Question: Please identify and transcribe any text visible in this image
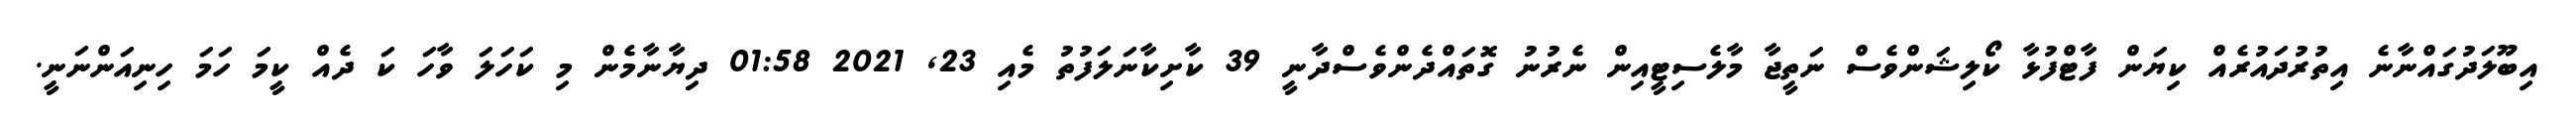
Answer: އިބޫލަދުގައްނާނެ އިތުރުދައުރެއް ކިޔަން ފާޓްފުޅާ ކޯލިޝަންވެސް ނަތީޖާ މާލެސިޓީއިން ނެރުނު ގޮތައްދެންވެސްދާނީ 39 ކާށިކާނަލަފުތު މެއި 23, 2021 01:58 ދިޔާނާމެން މި ކަހަލަ ވާހަ ކަ ދެއް ކީމަ ހަމަ ހިނިއަންނަނީ.